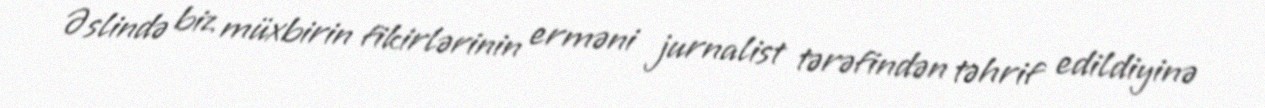
Əslində biz müxbirin fikirlərinin erməni jurnalist tərəfindən təhrif edildiyinə